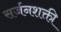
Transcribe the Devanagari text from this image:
सर्जनशक्ती